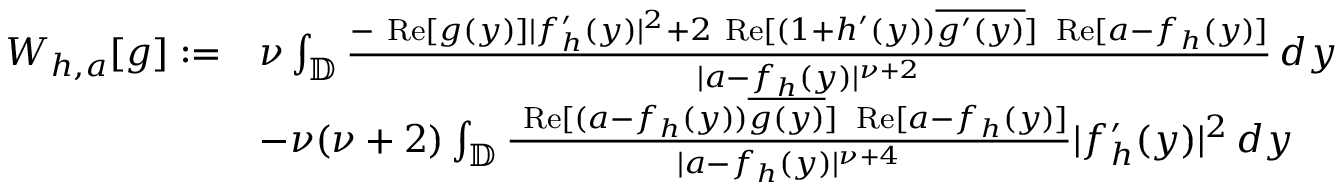
\begin{array} { r l } { W _ { h , a } [ g ] : = } & { \nu \int _ { \mathbb { D } } \frac { - \mathrm { \normalfont ~ R e } [ g ( y ) ] | f _ { h } ^ { \prime } ( y ) | ^ { 2 } + 2 \mathrm { \normalfont ~ R e } [ ( 1 + h ^ { \prime } ( y ) ) \overline { { g ^ { \prime } ( y ) } } ] \, \mathrm { \normalfont ~ R e } [ a - f _ { h } ( y ) ] } { | a - f _ { h } ( y ) | ^ { \nu + 2 } } \, d y } \\ & { - \nu ( \nu + 2 ) \int _ { \mathbb { D } } \frac { \mathrm { \normalfont ~ R e } [ ( a - f _ { h } ( y ) ) \overline { { g ( y ) } } ] \, \mathrm { \normalfont ~ R e } [ a - f _ { h } ( y ) ] } { | a - f _ { h } ( y ) | ^ { \nu + 4 } } | f _ { h } ^ { \prime } ( y ) | ^ { 2 } \, d y } \end{array}